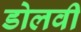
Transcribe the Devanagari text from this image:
डोलवी